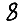
Digit: 8